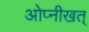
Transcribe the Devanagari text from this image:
ओप्नीखत्